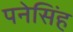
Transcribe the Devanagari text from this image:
पनेसिंह